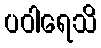
ပဝါရေသိ